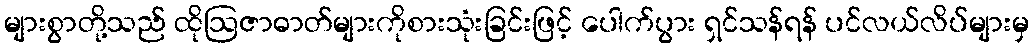
များစွာတို့သည် ထိုဩဇာဓာတ်များကိုစားသုံးခြင်းဖြင့် ပေါက်ပွား ရှင်သန်ရန် ပင်လယ်လိပ်များမှ